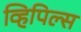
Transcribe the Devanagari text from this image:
व्हिपिल्स